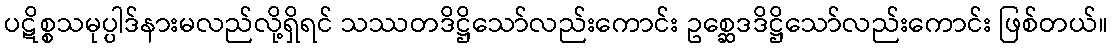
ပဋိစ္စသမုပ္ပါဒ်နားမလည်လို့ရှိရင် သဿတဒိဋ္ဌိသော်လည်းကောင်း ဥစ္ဆေဒဒိဋ္ဌိသော်လည်းကောင်း ဖြစ်တယ်။